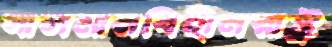
সালমানবিহীনরাষ্ট্র